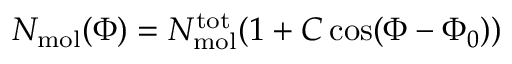
N _ { \mathrm { m o l } } ( \Phi ) = N _ { \mathrm { m o l } } ^ { \mathrm { t o t } } ( 1 + C \cos ( \Phi - \Phi _ { 0 } ) )